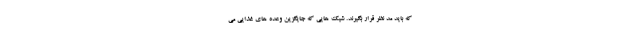
که باید مد نظر قرار بگیرند. شیک هایی که جایگزین وعده های غذایی می